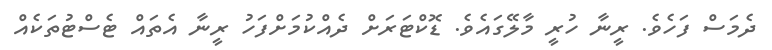
ދެމަސް ފަހެވެ. ރީނާ ހުރީ މާލޭގައެވެ. ޑޮކްޓަރަށް ދެއްކުމަށްފަހު ރީނާ އެތައް ޓެސްޓުތަކެއް